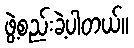
ဖွဲ့စည်းခဲ့ပါတယ်။